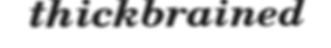
thickbrained